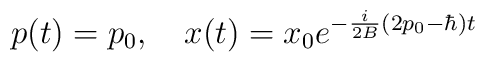
p(t) = p_0, \quad x(t) = x_0e^{-{i \over {2B}}(2p_0 - \hbar)t}